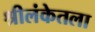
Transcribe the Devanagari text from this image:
श्रीलंकेतला